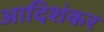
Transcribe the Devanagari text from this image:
आदिशंकर